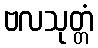
ဗလသုတ္တံ